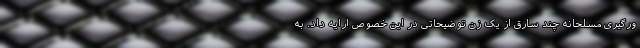
ورگیری مسلحانه چند سارق از یک زن توضیحاتی در این خصوص ارایه داد. به